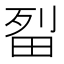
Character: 㽝